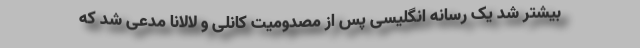
بیشتر شد یک رسانه انگلیسی پس از مصدومیت کانلی و لالانا مدعی شد که